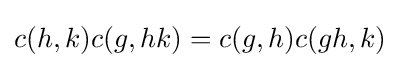
c(h,k)c(g,hk)=c(g,h)c(gh,k)